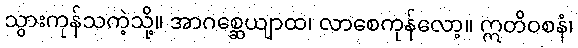
သွားကုန်သကဲ့သို့။ အာဂစ္ဆေယျာထ၊ လာစေကုန်လော့။ ဣတိဝစနံ၊